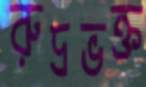
রুদ্রভক্ত